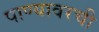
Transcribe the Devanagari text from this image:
पाण्यावरची